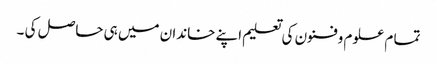
تما م علوم وفنون کی تعلیم اپنے خاندان میں ہی حاصل کی ۔